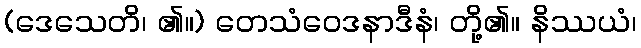
(ဒေသေတိ၊ ၏။) တေသံဝေဒနာဒီနံ၊ တို့၏။ နိဿယံ၊